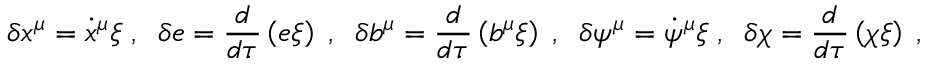
\delta x ^ { \mu } = { \dot { x } } ^ { \mu } \xi \; , \; \; \delta e = \frac { d } { d \tau } \left( e \xi \right) \; , \; \; \delta b ^ { \mu } = \frac { d } { d \tau } \left( b ^ { \mu } \xi \right) \; , \; \; \delta \psi ^ { \mu } = \dot { \psi } ^ { \mu } \xi \; , \; \; \delta \chi = \frac { d } { d \tau } \left( \chi \xi \right) \; ,